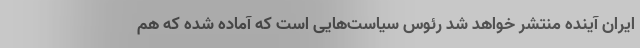
ایران آینده منتشر خواهد شد رئوس سیاست‌هایی است که آماده شده که هم